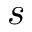
s